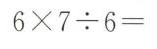
$$6 \times 7 \div 6 =$$